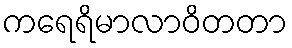
ကရေရိမာလာဝိတတာ